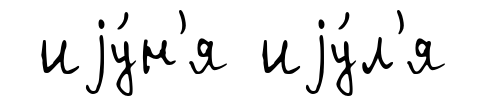
иjу́н'я иjу́л'я